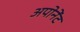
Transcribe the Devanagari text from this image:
अपोनेंट